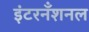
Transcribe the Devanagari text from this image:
इंटरनँशनल